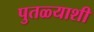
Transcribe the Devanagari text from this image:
पुतळ्याशी